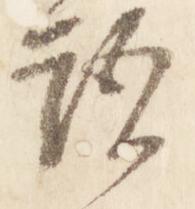
語